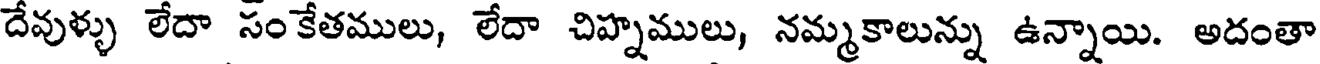
దేవుళ్ళు లేదా సంకేతములు, లేదా చిహ్నములు, నమ్మకాలున్ను ఉన్నాయి. అదంతా